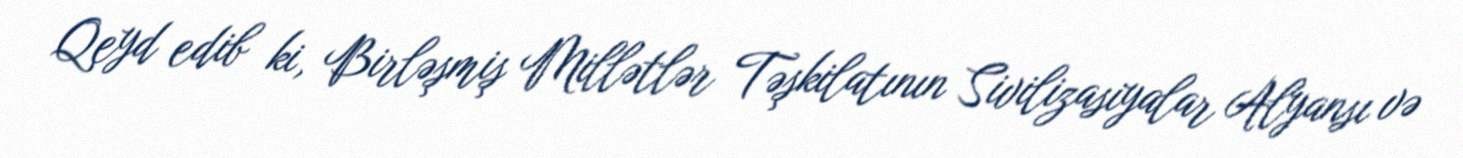
Qeyd edib ki, Birləşmiş Millətlər Təşkilatının Sivilizasiyalar Alyansı və